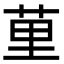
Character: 荲